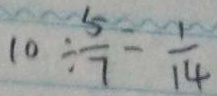
1 0 \div \frac { 5 } { 7 } = \frac { 1 } { 1 4 }